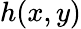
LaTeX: h(x,y)